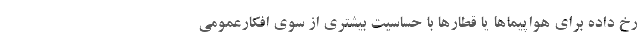
رخ داده برای هواپیماها یا قطارها با حساسیت بیشتری از سوی افکارعمومی